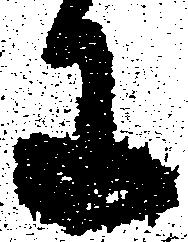
に